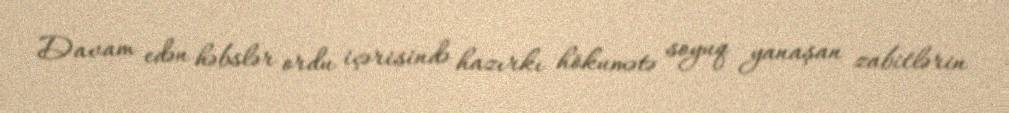
Davam edən həbslər ordu içərisində hazırkı hökumətə soyuq yanaşan zabitlərin